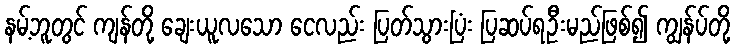
နမ့်ဘူတွင် ကျန်တို့ ချေးယူလသော ငေလည်း ပြတ်သွားပြံး ပြဆပ်ရဦးမည်ဖြစ်၍ ကျွန်ပ်တို့